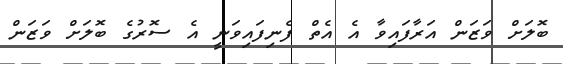
ބޮލަށް ވަޒަން އަރާފައިވާ އެ އެތް ފެނިފައިވަނީ އެ ސޮރުގެ ބޮލަށް ވަޒަން